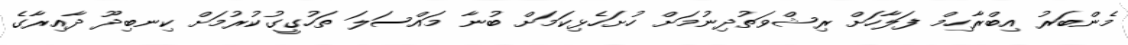
މެންބަރު އިބްރާހިމް ފަލާހަށް ރިޝްވަތުދިނުމަށް ހުށަހެޅިކަމަށް ބުނާ މައްސަލަ ތަހުގީގުކުރުމަށް ކިނބިދޫ ދާއިރާގެ